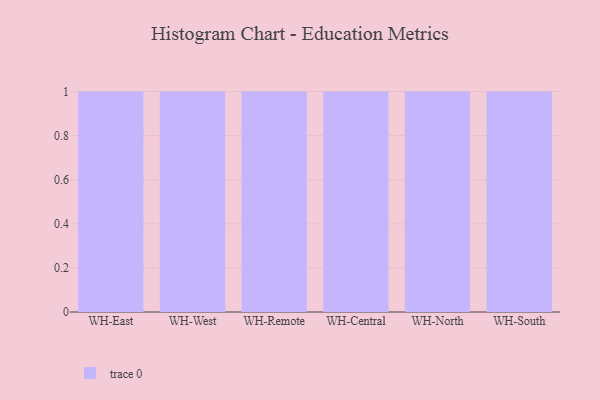
{"axis": {"x": "Warehouse", "y": "Production Output"}, "legend": [""], "data": [{"x": "WH-East", "y": 64, "type": ""}, {"x": "WH-West", "y": 49, "type": ""}, {"x": "WH-Remote", "y": 73, "type": ""}, {"x": "WH-Central", "y": 99, "type": ""}, {"x": "WH-North", "y": 91, "type": ""}, {"x": "WH-South", "y": 71, "type": ""}]}